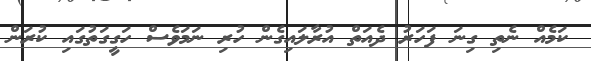
ކަމެއް ނެތި ގިނަ ފަހަރު ދެއަތް އުރާލައިގެން ހުރި ނަމަވެސް ހަގީގަތުގައި ކުރަން